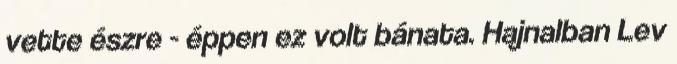
vette észre - éppen ez volt bánata. Hajnalban Lev